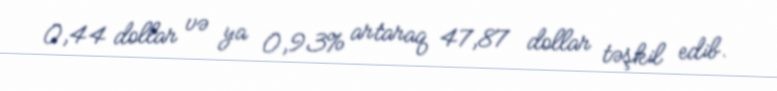
0,44 dollar və ya 0,93% artaraq 47,87 dollar təşkil edib.